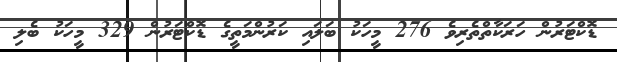
ޑޮކްޓަރުން ހަރަކާތްތެރިވެ 276 މީހަކު ބަލައި ކަރުންމަތީގެ ޑޮކްޓަރުން 329 މީހަކު ބެލި